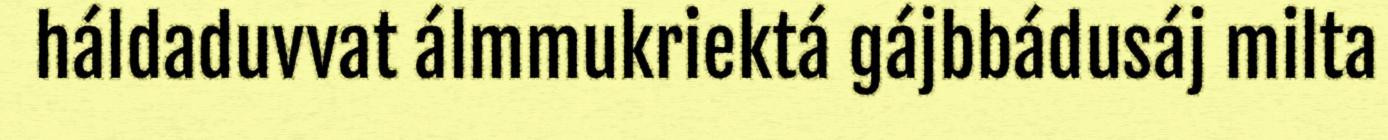
háldaduvvat álmmukriektá gájbbádusáj milta